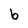
Character: b